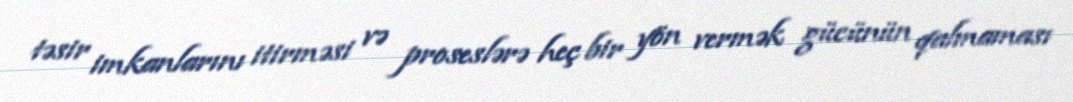
təsir imkanlarını itirməsi və proseslərə heç bir yön vermək gücünün qalmaması